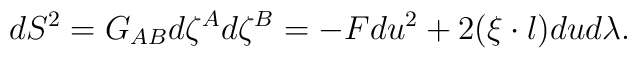
dS^2 =G_{AB}d\zeta^A d\zeta^B = - F du^2 + 2(\xi \cdot l) dud\lambda.